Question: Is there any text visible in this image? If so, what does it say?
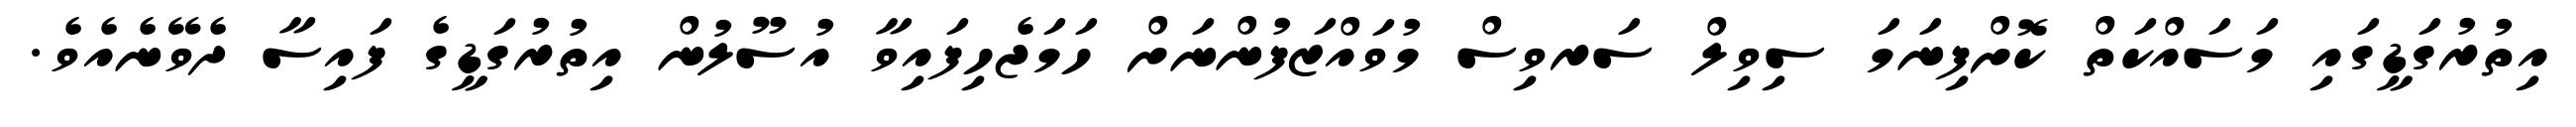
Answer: އިތުރުގަޑީގައި މަސައްކަތް ކޮށްފިނަމަ ސިވިލް ސަރވިސް މުވައްޒަފުންނަށް ހަމަޖެހިފައިވާ އުސޫލުން އިތުރުގަޑީގެ ފައިސާ ދެވޭނެއެވެ.